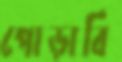
পোড়াবি